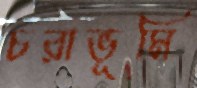
চরাভূমি